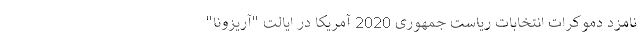
نامزد دموکرات انتخابات ریاست جمهوری 2020 آمریکا در ایالت "آریزونا"